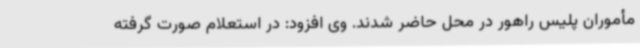
مأموران پلیس راهور در محل حاضر شدند. وی افزود: در استعلام صورت گرفته